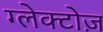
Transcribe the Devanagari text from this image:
ग्लेक्टोज़